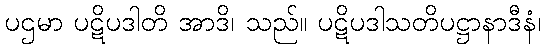
ပဌမာ ပဋိပဒါတိ အာဒိ၊ သည်။ ပဋိပဒါသတိပဋ္ဌာနာဒီနံ၊